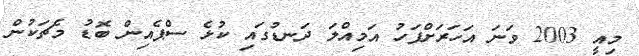
މިއީ 2003 ވަނަ އަހަރަށްފަހު އަމިއްލަ ދަނޑުގައި ކުޅެ ސްޕެއިން ބޮޑު މެޗަކުން